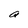
Character: a